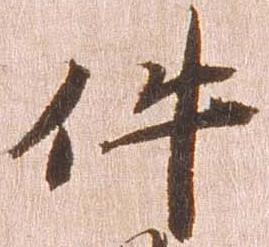
件